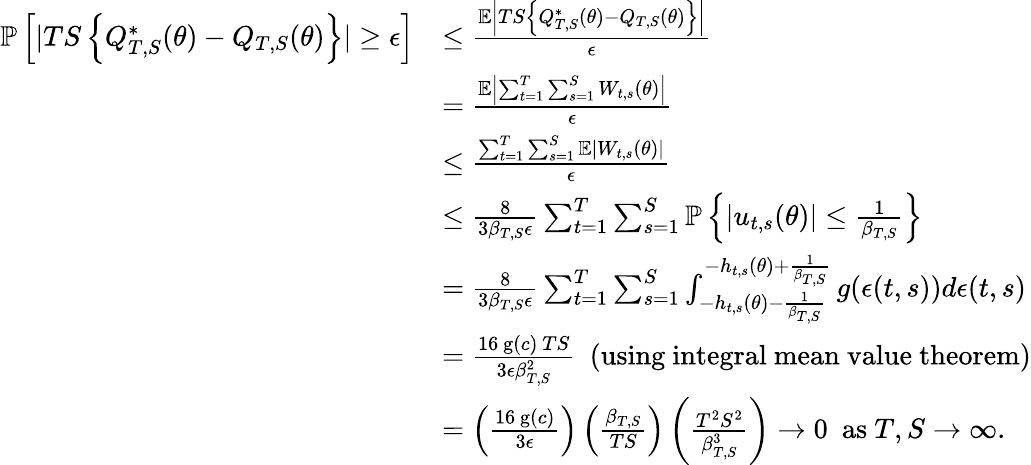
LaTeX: \begin{array}{rl}{\mathbb{P}\left[\vert TS\left\{ Q_{T,S}^{*}(\theta)-Q_{T,S}(\theta)\right\} \vert\geq\epsilon\right]}&{\leq\frac{\mathbb{E}\left\vert TS\left\{ Q_{T,S}^{*}(\theta)-Q_{T,S}(\theta)\right\} \right\vert}{\epsilon}~~~~}\\ &{=\frac{\mathbb{E}\left\vert\sum_{t=1}^{T}\sum_{s=1}^{S}W_{t,s}(\theta)\right\vert}{\epsilon}}\\ &{\leq\frac{\sum_{t=1}^{T}\sum_{s=1}^{S}\mathbb{E}\left\vert W_{t,s}(\theta)\right\vert}{\epsilon}~~~~}\\ &{\leq\frac{8}{3\beta_{T,S}\epsilon}\sum_{t=1}^{T}\sum_{s=1}^{S}\mathbb{P}\left\{ \left\vert u_{t,s}(\theta)\right\vert\leq\frac{1}{\beta_{T,S}}\right\} }\\ &{=\frac{8}{3\beta_{T,S}\epsilon}\sum_{t=1}^{T}\sum_{s=1}^{S}\int_{-h_{t,s}(\theta)-\frac{1}{\beta_{T,S}}}^{-h_{t,s}(\theta)+\frac{1}{\beta_{T,S}}}g(\epsilon(t,s))d\epsilon(t,s)}\\ &{=\frac{16~\mathrm{g}(c)~TS}{3\epsilon\beta_{T,S}^{2}}~~\mathrm{(using~integral~mean~value~theorem)}}\\ &{=\left(\frac{16~\mathrm{g}(c)}{3\epsilon}\right)\left(\frac{\beta_{T,S}}{TS}\right)\left(\frac{T^{2}S^{2}}{\beta_{T,S}^{3}}\right)\rightarrow 0~~\mathrm{as}~T,S\rightarrow\infty.}\end{array}